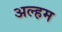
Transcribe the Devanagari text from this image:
अल्हम